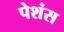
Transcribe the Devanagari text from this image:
पेशंस